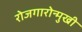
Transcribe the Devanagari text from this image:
रोजगारोन्मुखी